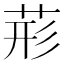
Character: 𮏂